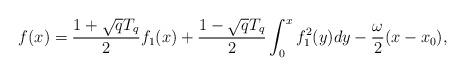
LaTeX: \begin{align*}f(x)={1+\sqrt{q}T_q\over 2}f_1(x)+{1-\sqrt{q}T_q\over 2}\int_0^x f_1^2(y)dy -{\omega\over 2}(x-x_0),\end{align*}